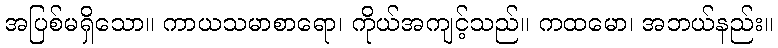
အပြစ်မရှိသော။ ကာယသမာစာရော၊ ကိုယ်အကျင့်သည်။ ကထမော၊ အဘယ်နည်း။